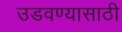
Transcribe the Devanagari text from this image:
उडवण्यासाठी